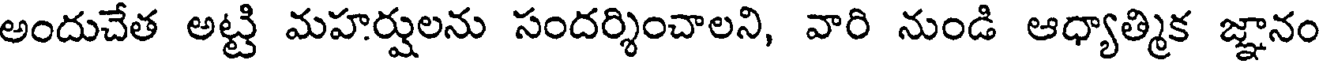
అందుచేత అట్టి మహర్షులను సందర్శించాలని, వారి నుండి ఆధ్యాత్మిక జ్ఞానం